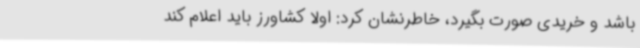
باشد و خریدی صورت بگیرد، خاطرنشان کرد: اولاً کشاورز باید اعلام کند